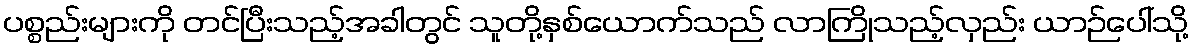
ပစ္စည်းများကို တင်ပြီးသည့်အခါတွင် သူတို့နှစ်ယောက်သည် လာကြိုသည့်လှည်း ယာဉ်ပေါ်သို့